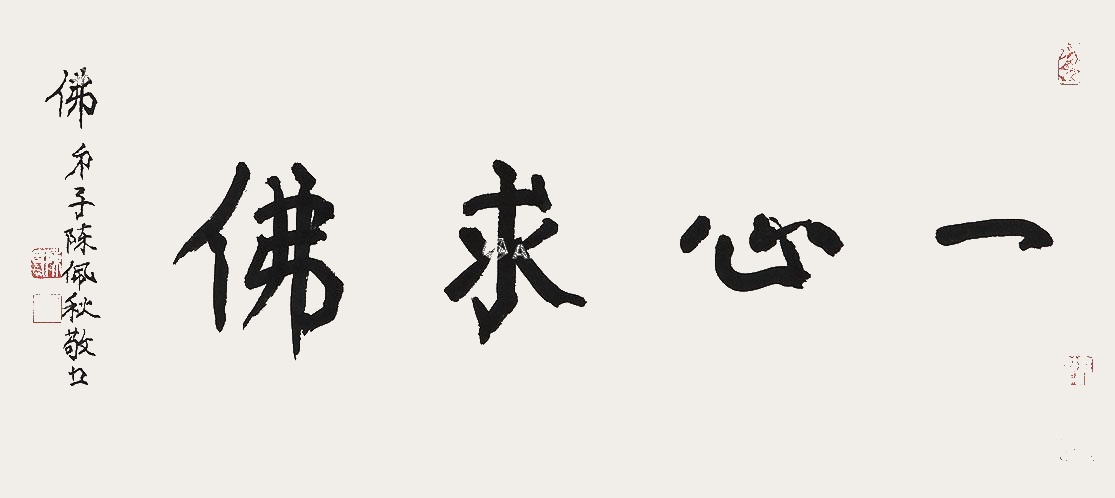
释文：一心求佛佛弟子陈佩秋敬书。